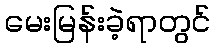
မေးမြန်းခဲ့ရာတွင်